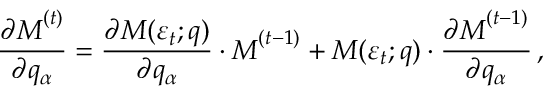
\frac { \partial \boldsymbol { M } ^ { ( t ) } } { \partial q _ { \alpha } } = \frac { \partial \boldsymbol { M } ( \varepsilon _ { t } ; \boldsymbol { q } ) } { \partial q _ { \alpha } } \cdot \boldsymbol { M } ^ { ( t - 1 ) } + \boldsymbol { M } ( \varepsilon _ { t } ; \boldsymbol { q } ) \cdot \frac { \partial \boldsymbol { M } ^ { ( t - 1 ) } } { \partial q _ { \alpha } } \, ,